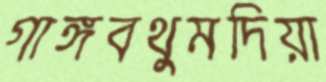
গাঙ্গবথুমদিয়া